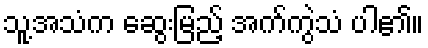
သူ့အသံက ဆွေးမြည့် အက်ကွဲသံ ပါ၏။